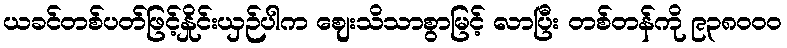
ယခင်တစ်ပတ်ဖြင့်နှိုင်းယှဉ်ပါက ဈေးသိသာစွာမြင့် လာပြီး တစ်တန်ကို ၉၃၈၀၀၀